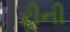
રીની